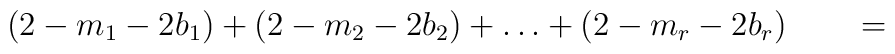
(2-m_1-2b_1)+(2-m_2-2b_2)+\ldots+(2-m_r-2b_r)\qquad=